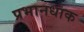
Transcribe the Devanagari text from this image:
प्रभानधाक